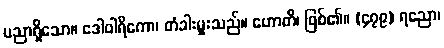
ပညာရှိသော။ ဒေါဝါရိကော၊ တံခါးမှူးသည်။ ဟောတိ၊ ဖြစ်၏။ (၄၇၉) ရညော၊